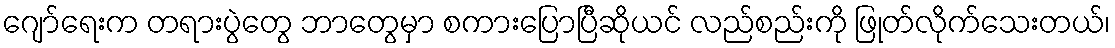
ဂျော်ရေးက တရားပွဲတွေ ဘာတွေမှာ စကားပြောပြီဆိုယင် လည်စည်းကို ဖြုတ်လိုက်သေးတယ်၊